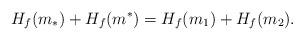
LaTeX: \begin{align*}H_f(m_\ast)+H_f(m^\ast)=H_f(m_1)+H_f(m_2).\end{align*}